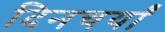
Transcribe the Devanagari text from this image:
दिनचर्यां